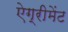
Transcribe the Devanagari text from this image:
ऐग्रीमेंट